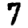
Digit: 7